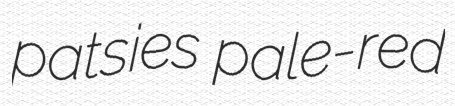
patsies pale-red